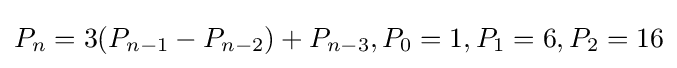
P_{n}=3(P_{n-1}-P_{n-2})+P_{n-3},P_{0}=1,P_{1}=6,P_{2}=16